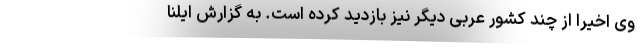
وی اخیرا از چند کشور عربی دیگر نیز بازدید کرده است. به گزارش ایلنا